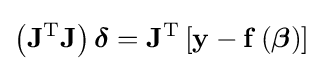
\left(\mathbf {J} ^{\mathrm {T} }\mathbf {J} \right){\boldsymbol {\delta }}=\mathbf {J} ^{\mathrm {T} }\left[\mathbf {y} -\mathbf {f} \left({\boldsymbol {\beta }}\right)\right]